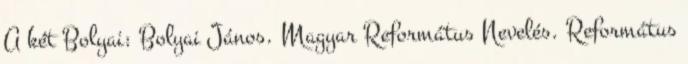
A két Bolyai: Bolyai János. Magyar Református Nevelés. Református